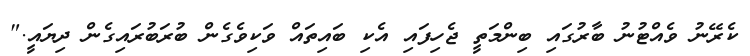
ކެރޭނު ވެއްޓުނު ބާރުގައި ބިންމަތީ ޖެހިފައި އެކި ބައިތައް ވަކިވެގެން ބުރަބުރައިގެން ދިޔައީ."